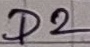
Text: D2